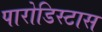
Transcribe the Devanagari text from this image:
पारोडिस्टास